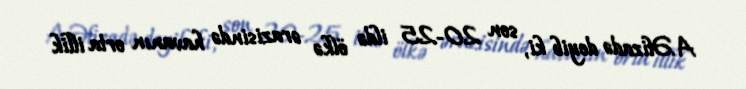
A.Əlizadə deyib ki, son 20-25 ildə ölkə ərazisində havanın orta illik